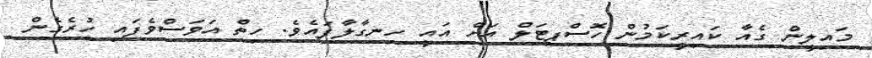
މައިލީން ގެއާ ކައިރީކަމުން ހޮސްޕިޓަލް އަށް އައީ ހިނގާލާފައެވެ. ހިތް އަވަސްވެފައި ހުރެގެން